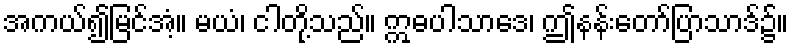
အကယ်၍မြင်အံ့။ မယံ၊ ငါတို့သည်။ ဣဓပါသာဒေ၊ ဤနန်းတော်ပြာသာဒ်၌။